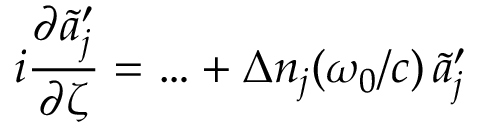
i \frac { \partial \tilde { a } _ { j } ^ { \prime } } { \partial \zeta } = \ldots + \Delta n _ { j } ( \omega _ { 0 } / c ) \, \tilde { a } _ { j } ^ { \prime }